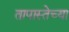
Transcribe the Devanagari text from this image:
तापास्तेच्या